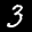
Label: 3